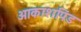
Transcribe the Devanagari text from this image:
आकाशपिंड